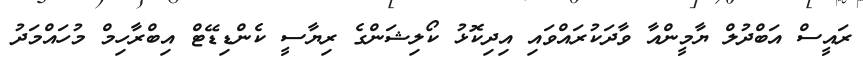
ރައީސް އަބްދުލް ޔާމީންއާ ވާދަކުރައްވައި އިދިކޮޅު ކޯލިޝަންގެ ރިޔާސީ ކެންޑިޑޭޓް އިބްރާހިމް މުހައްމަދު